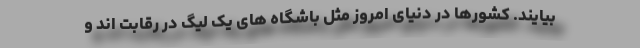
بیایند. کشورها در دنیای امروز مثل باشگاه های یک لیگ در رقابت اند و